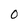
Character: 0